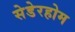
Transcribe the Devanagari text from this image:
सेडेरहोम